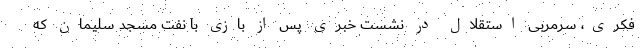
فکری، سرمربی استقلال در نشست خبری پس از بازی با نفت مسجد سلیمان که